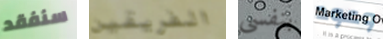
سنفقد الفريقين بنفسى وعود